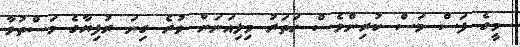
މީގެ ފަސް މަސް ކުރިންވެސް ހަތަރު މިލިއަނަށް ވުރެ ގިނަ ރުފިޔާގެ މަސްތުވާ